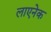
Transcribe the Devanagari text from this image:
लाएनेक